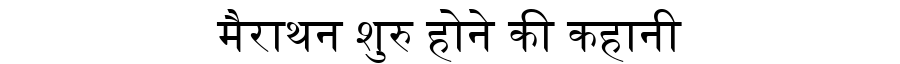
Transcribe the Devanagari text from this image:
मैराथन शुरु होने की कहानी